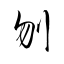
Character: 刎